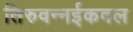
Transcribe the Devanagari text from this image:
तिरुवन्नईकवल